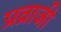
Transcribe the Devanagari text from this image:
प्रव्राजी